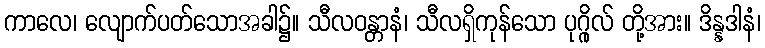
ကာလေ၊ လျောက်ပတ်သောအခါ၌။ သီလဝန္တာနံ၊ သီလရှိကုန်သော ပုဂ္ဂိုလ် တို့အား။ ဒိန္နဒါနံ၊